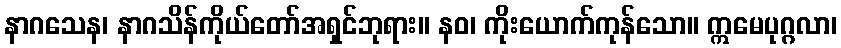
နာဂသေန၊ နာဂသိန်ကိုယ်တော်အရှင်ဘုရား။ နဝ၊ ကိုးယောက်ကုန်သော။ ဣမေပုဂ္ဂလာ၊